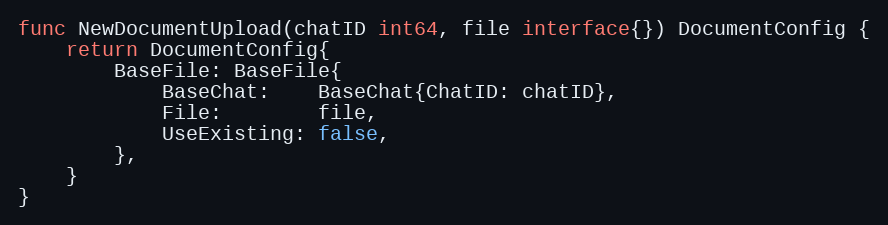
Language: Go
func NewDocumentUpload(chatID int64, file interface{}) DocumentConfig {
	return DocumentConfig{
		BaseFile: BaseFile{
			BaseChat:    BaseChat{ChatID: chatID},
			File:        file,
			UseExisting: false,
		},
	}
}